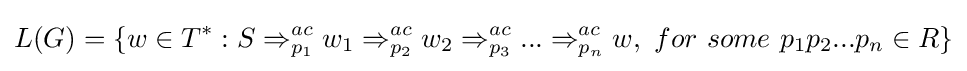
L(G)=\{w\in T^{*}:S\Rightarrow _{p_{1}}^{ac}w_{1}\Rightarrow _{p_{2}}^{ac}w_{2}\Rightarrow _{p_{3}}^{ac}...\Rightarrow _{p_{n}}^{ac}w,\ for\ some\ p_{1}p_{2}...p_{n}\in R\}